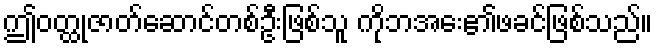
ဤဝတ္ထုဇာတ်ဆောင်တစ်ဦးဖြစ်သူ ကိုဘအေး၏ဖခင်ဖြစ်သည်။